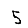
Digit: 5